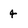
Character: 4